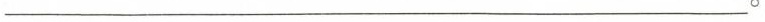
___。